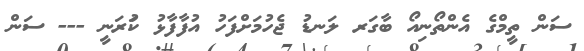
ސަން ތީމްގެ އެންތޯނިއޯ ބާގަރ ލަނޑު ޖެހުމަށްފަހު އުފާފާޅު ކުަރަނީ --- ސަން